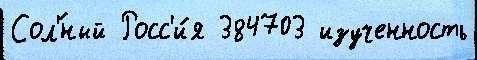
Сол'́ный Росс'и́я 384703 изученность